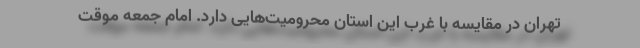
تهران در مقایسه با غرب این استان محرومیت‌هایی دارد. امام جمعه موقت